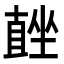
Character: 𭅨